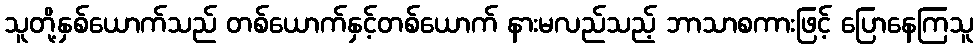
သူတို့နှစ်ယောက်သည် တစ်ယောက်နှင့်တစ်ယောက် နားမလည်သည့် ဘာသာစကားဖြင့် ပြောနေကြသူ